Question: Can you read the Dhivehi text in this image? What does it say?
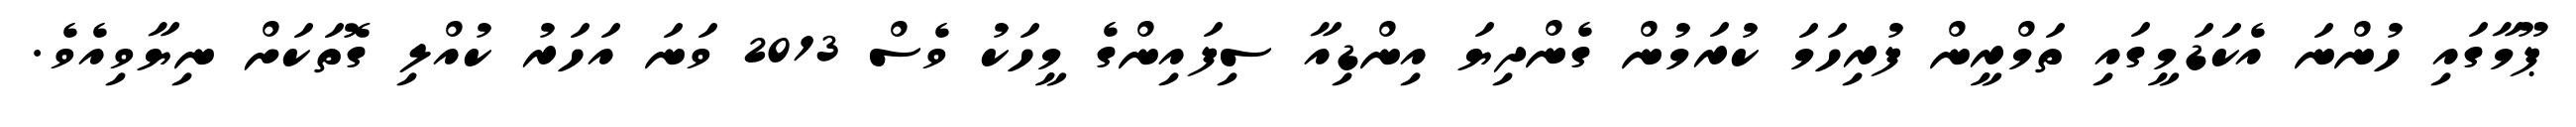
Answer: ޕޫމާގައި ހުންނަ އެކަޑަމީގައި ތަމްރީން ފުރިހަމަ ކުރަމުން ގެންދިޔަ އިންޑިއާ ސިފައިންގެ މީހަކު ވެސް 2013 ވަނަ އަހަރު ކުއްލި ގޮތަކަށް ނިޔާވިއެވެ.